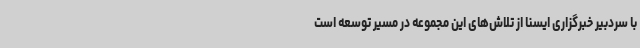
با سردبیر خبرگزاری ایسنا از تلاش‌های این مجموعه در مسیر توسعه است